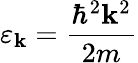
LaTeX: \varepsilon_{\mathbf{k}}=\frac{\hbar^{2}\mathbf{k}^{2}}{2m}